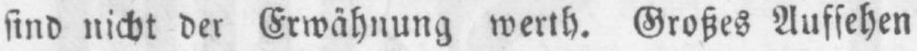
sind nicht der Erwähnung werth. Großes Aufsehen